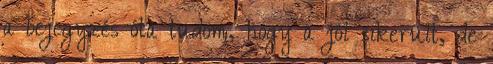
a bejegyzés óta tudom, hogy a jól sikerült, de